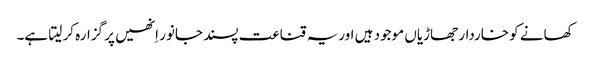
کھانے کو خاردار جھاڑیاں موجود ہیں اوریہ قناعت پسند جانور اِنھیں پر گزارہ کر لیتا ہے۔